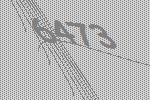
6473